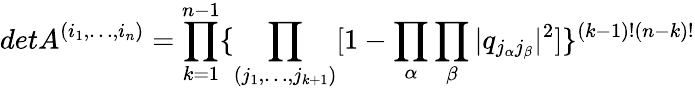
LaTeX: detA^{(i_{1},\dots,i_{n})}=\prod_{k=1}^{n-1}\{ \prod_{(j_{1},\dots,j_{k+1})}[1-\prod_{\alpha}\prod_{\beta}|q_{j_{\alpha}j_{\beta}}|^{2}]\} ^{(k-1)!(n-k)!}